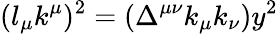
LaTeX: (l_{\mu}k^{\mu})^{2}=(\Delta^{\mu\nu}k_{\mu}k_{\nu})y^{2}